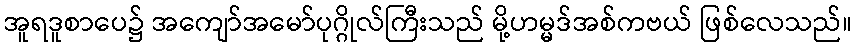
အူရဒူစာပေ၌ အကျော်အမော်ပုဂ္ဂိုလ်ကြီးသည် မို့ဟမ္မဒ်အစ်ကဗယ် ဖြစ်လေသည်။